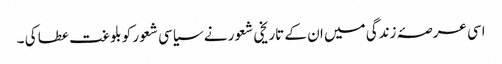
اسی عرصۂ زندگی میں ان کے تاریخی شعور نے سیاسی شعور کو بلوغت عطا کی ۔